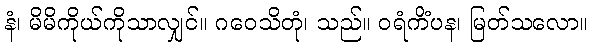
နံ၊ မိမိကိုယ်ကိုသာလျှင်။ ဂဝေသိတုံ၊ သည်။ ဝရံကိံပန၊ မြတ်သလော။